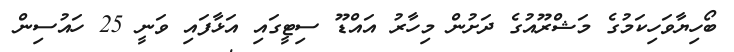
ބޯހިޔާވަހިކަމުގެ މަޝްރޫއުގެ ދަށުން މިހާރު އައްޑޫ ސިޓީގައި އަޅާފައި ވަނީ 25 ހައުސިން